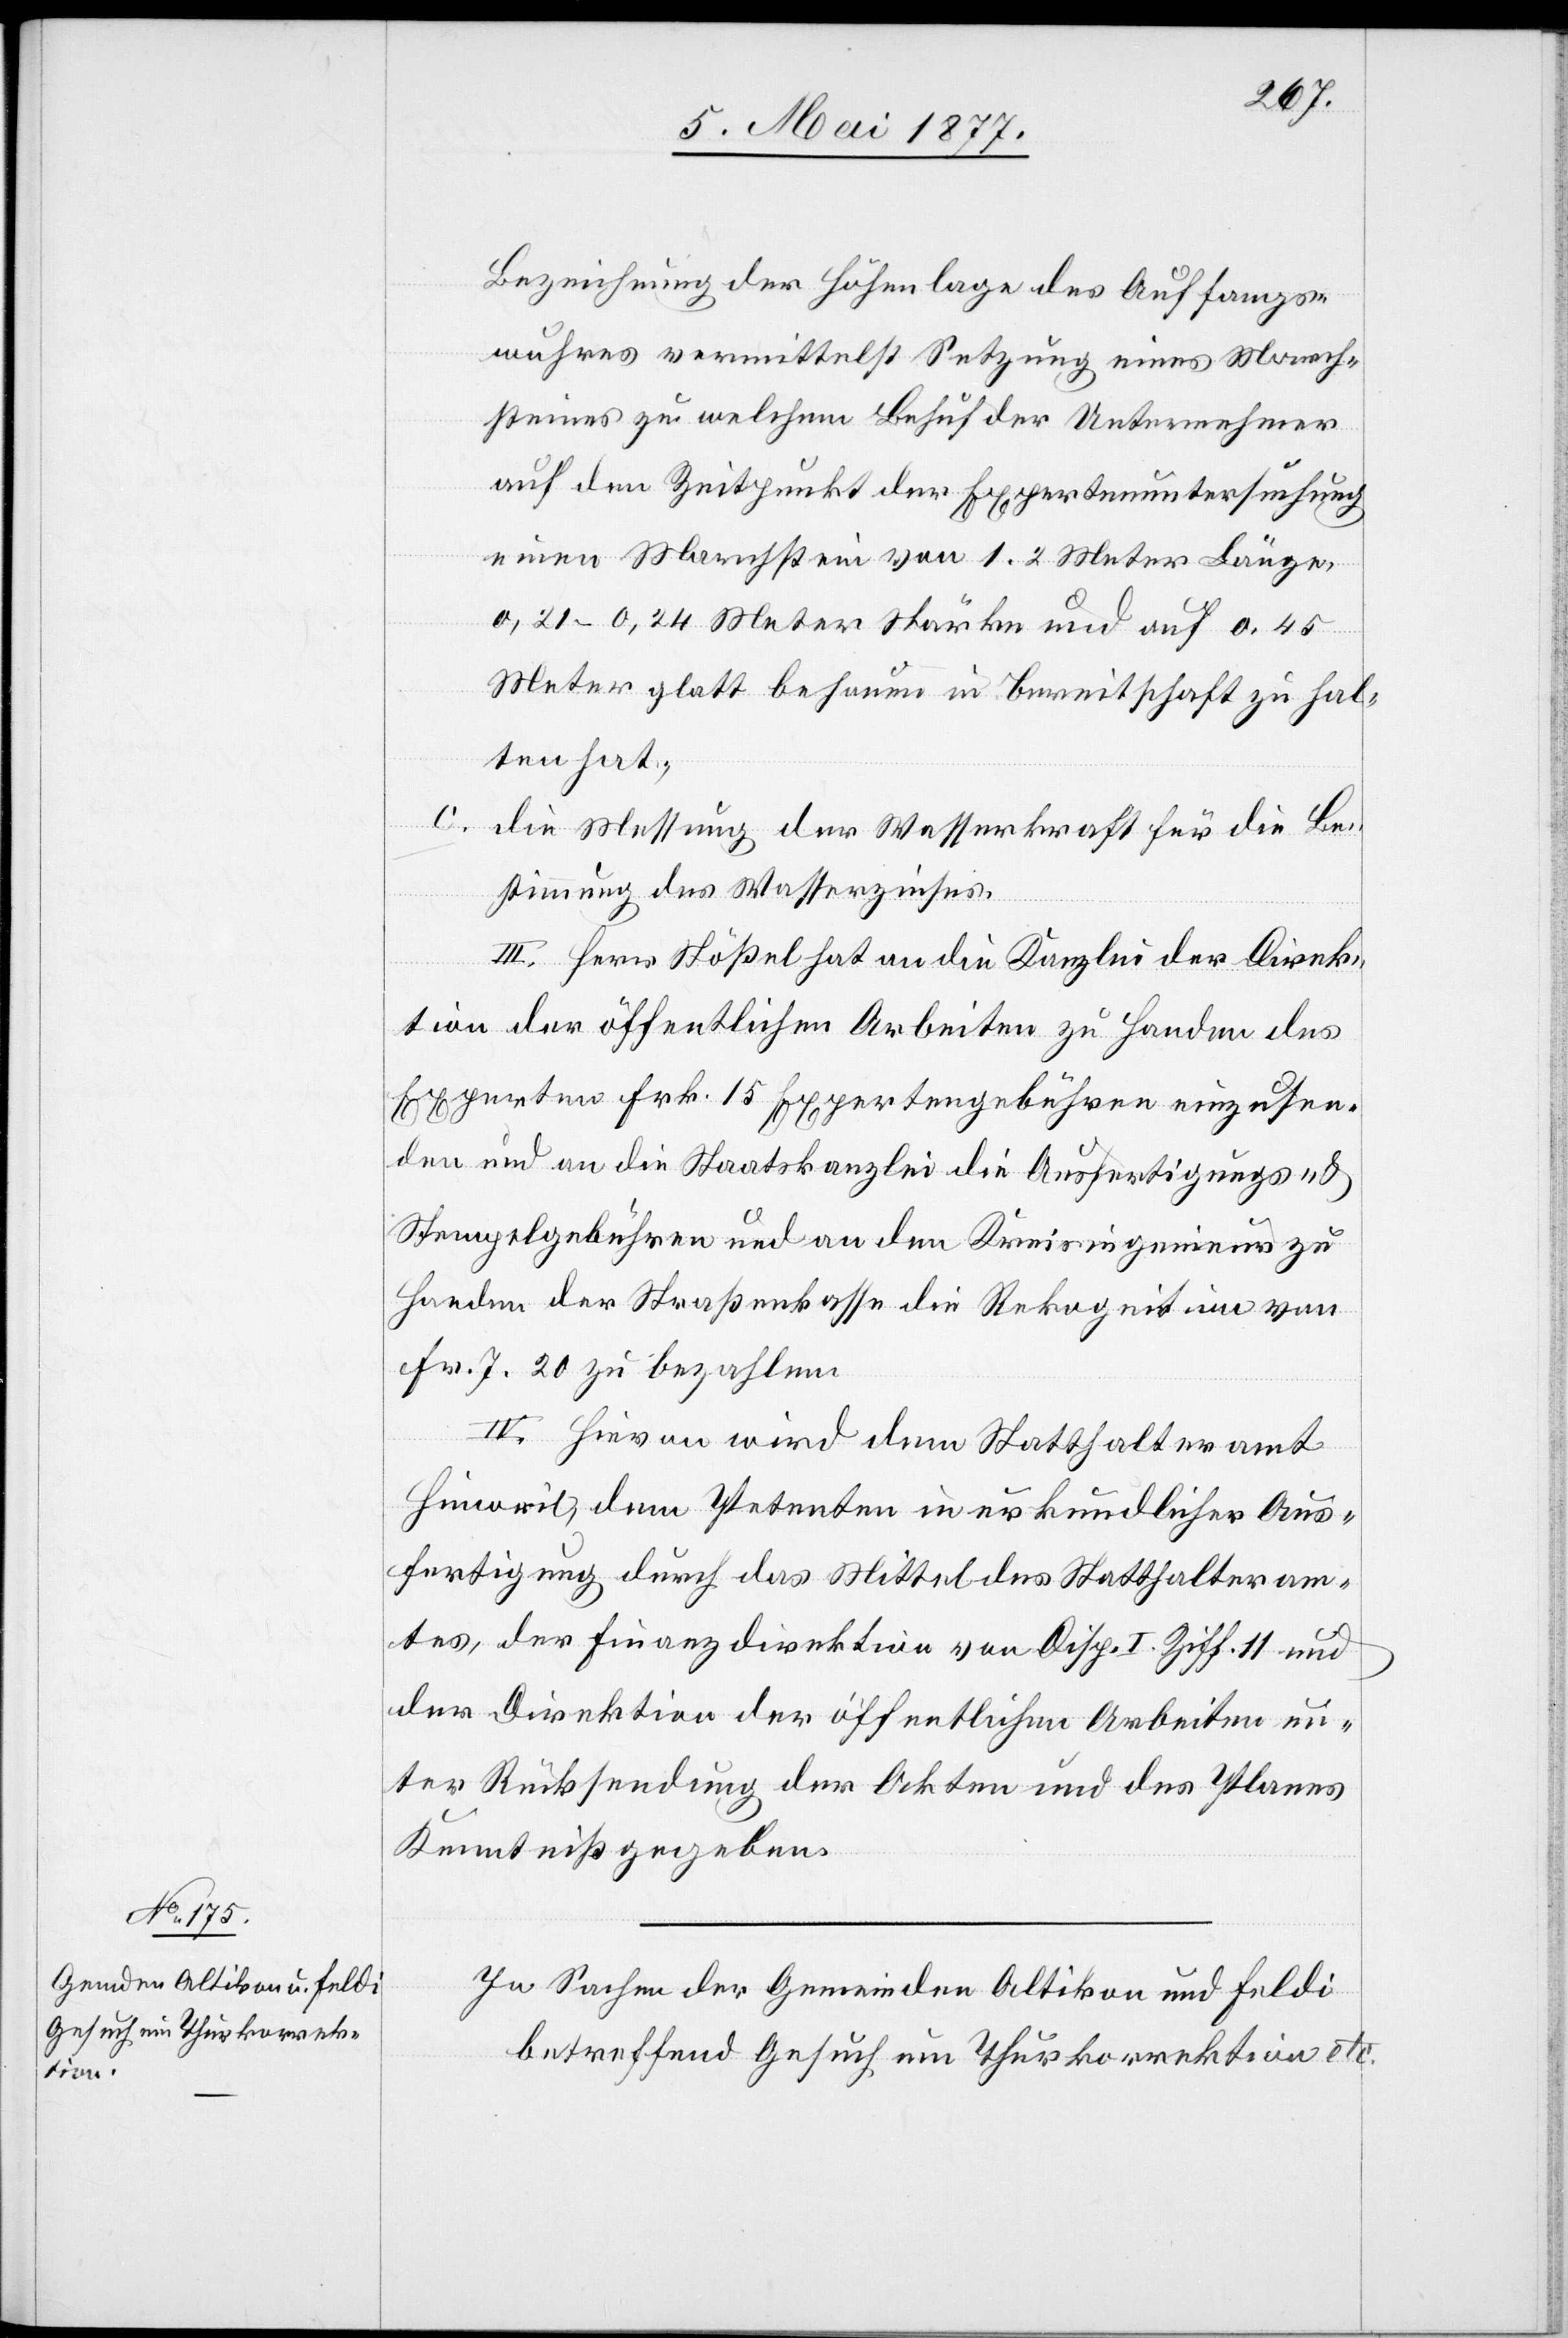
Bezeichnung der Höhenlage des Auffangs¬
wuhres vermittelst Setzung eines March¬
steines zu welchem Behuf der Unternehmer
auf den Zeitpunkt der Expertenuntersuchung
einen Marchstein von 1,2 Meter Länge,
0,21–0,24 Meter Stärke und auf 0,45
Meter glatt behauen in Bereitschaft zu hal¬
ten hat.
c.
die Messung der Wasserkraft für die Be¬
stimmung des Wasserzinses.
III. Herr Stößel hat an die Kanzlei der Direk¬
tion der öffentlichen Arbeiten zu Handen des
Experten Frk. 15 Expertengebühren einzusen¬
den und an die Staatskanzlei die Ausfertigungs- &
Stempelgebühren und an den Kreisingenieur zu
Handen der Straßenkasse die Rekognition von
Frk. 7.20 zu bezahlen.
IV. Hievon wird dem Statthalteramt
Hinweil, dem Petenten in urkundlicher Aus¬
fertigung durch das Mittel des Statthalteram¬
tes, der Finanzdirektion von Disp. I. Ziff. 11 und
der Direktion der öffentlichen Arbeiten un¬
ter Rücksendung der Akten und des Planes
Kenntniß gegeben.
In Sachen der Gemeinden Altikon und Feldi
betreffend Gesuch um Thurkorrektion etc.